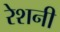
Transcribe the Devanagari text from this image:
रेशनी